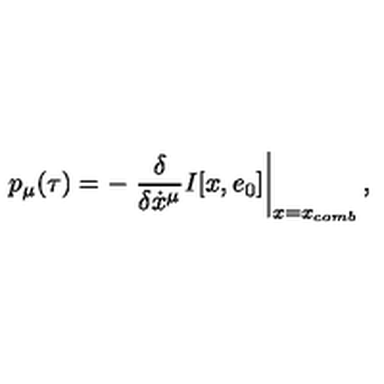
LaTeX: p _ { \mu } ( \tau ) = - \left. \frac { \delta } { \delta \dot { x } ^ { \mu } } I [ x , e _ { 0 } ] \right\vert _ { x = x _ { c o m b } } ,